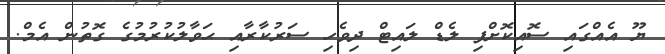
ޔޫ އެއްގައި ސޮއިކޮށްފި ލެޑް ލައިޓް ދިވެހި ސަރުކާރާއި ޙަވާލުކުރުމުގެ ގޮތުން އެމް.